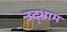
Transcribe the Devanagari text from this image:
उद्भ्राम